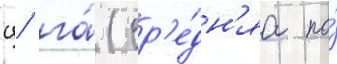
ц/ га́ (ср'е́дн'яа по́